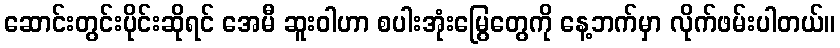
ဆောင်းတွင်းပိုင်းဆိုရင် အေမီ ဆူးဝါဟာ စပါးအုံးမြွေတွေကို နေ့ဘက်မှာ လိုက်ဖမ်းပါတယ်။